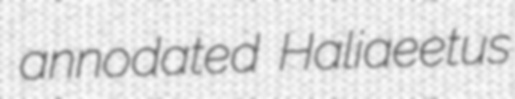
annodated Haliaeetus